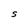
Character: S